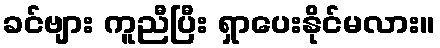
ခင်ဗျား ကူညီပြီး ရှာပေးနိုင်မလား။